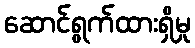
ဆောင်ရွက်ထားရှိမှု